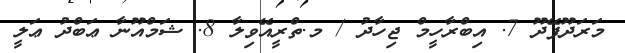
މަރަދޫފޭދޫ 7. އިބްރާހީމް ޖިހާދު / މ.ތްރީއޭވިލާ 8. ޝަމްއޫނާ ޢަބްދު ޢަލީ